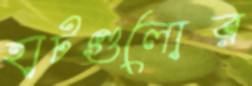
হাটগুলোর